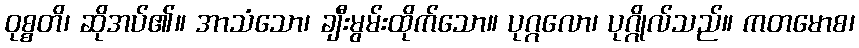
ဝုစ္စတိ၊ ဆိုအပ်၏။ အာသံသော၊ ချီးမွမ်းထိုက်သော။ ပုဂ္ဂလော၊ ပုဂ္ဂိုလ်သည်။ ကတမောစ၊